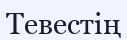
Тевестің